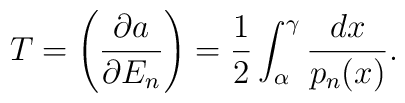
T = \left( \frac{ \partial a}{\partial E_n } \right) =\frac{1}{2} \int_\alpha^\gamma \frac{dx}{p_n (x) } .